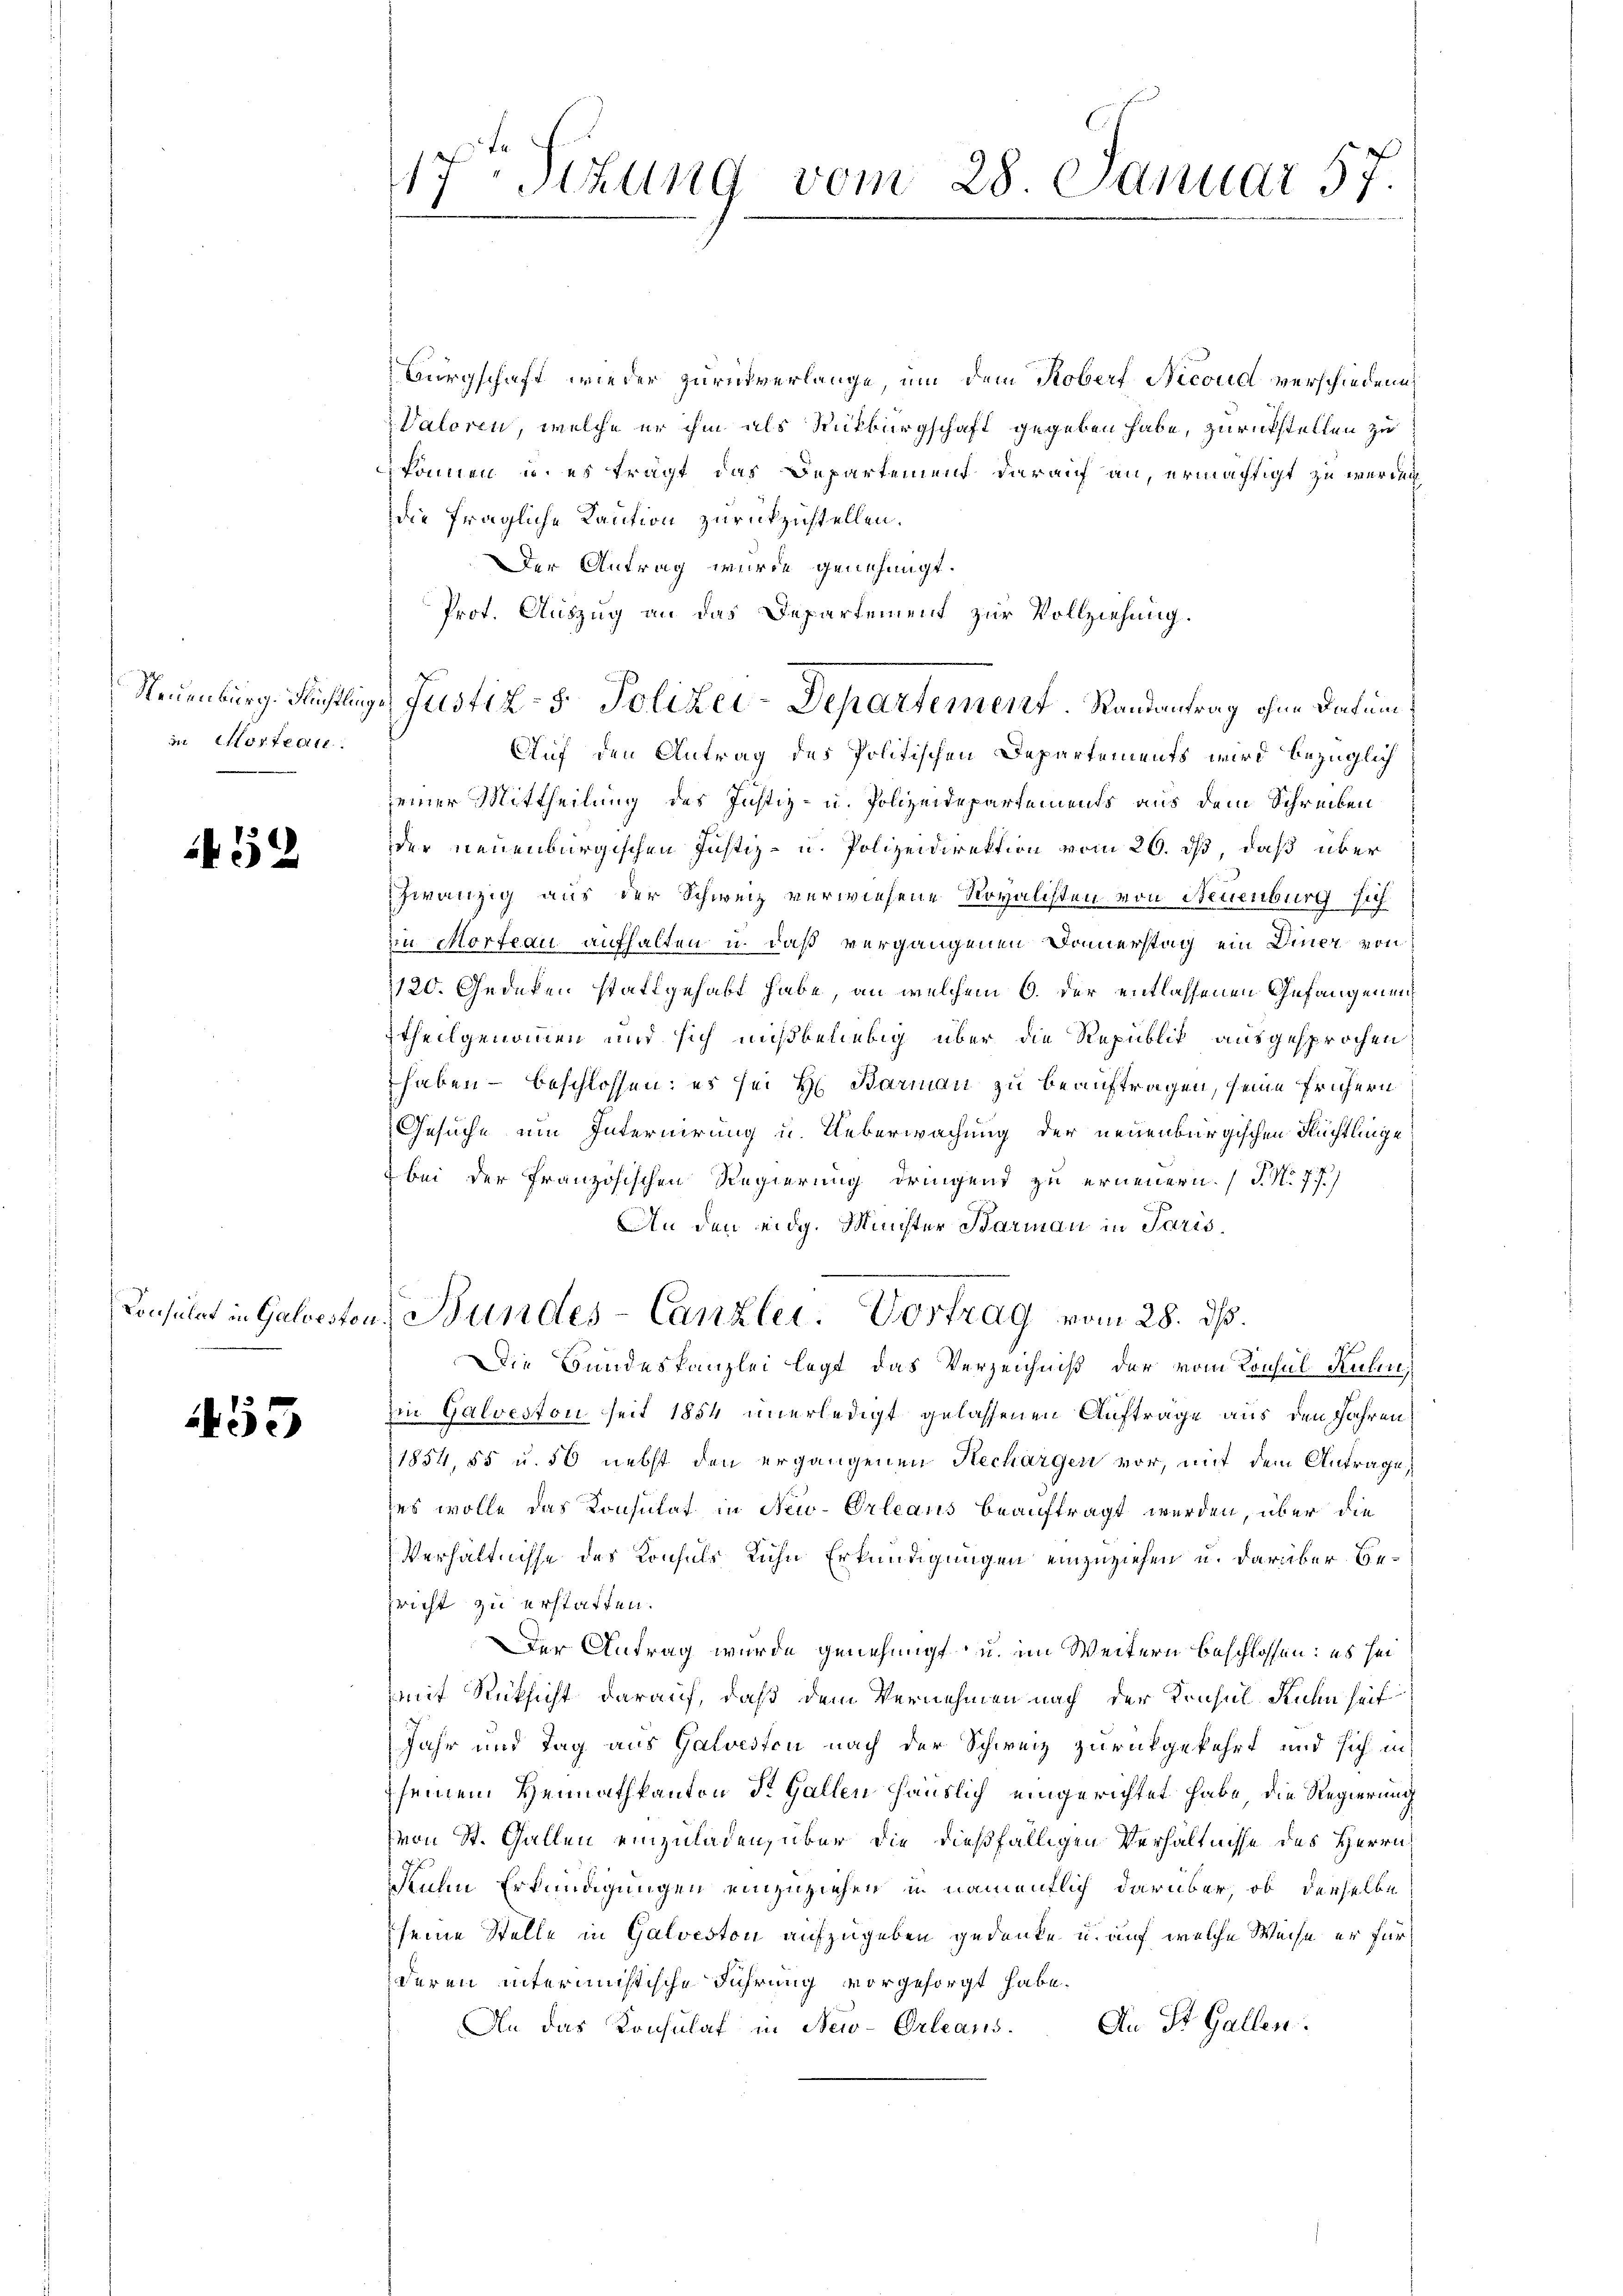
Neuenburg. Flüchtlin,
in Postente.

32

Konsulat in Galvestor

453

17. Sizung vom 28. Januar 57.

Bürgschaft wieder zurückverlange, um dem Koberf Nicond verschiedene
Valoren, welche er ihm als Rückbürgschaft gegeben habe, zurückstellen zu
können u. es trägt das Departement darauf an, ermächtigt zu werden,
die fragliche Kaution zurückzustellen.
Der Antrag wurde genehmigt.
Prot. Auszug an das Departement zur Vollziehung.
Auf den Antrag des Politischen Departements wird bezüglich
einer Mittheilung des Justiz- u. Polizeidepartements aus dem Schreiben
dder neuenburgischen Justiz- u. Polizeidirektion vom 26. ds, daß über
zwanzig aus der Schweiz verwiesene Rovalisten von Neuenburg sich
in Morteau aufhalten u. daß vergangenen Domerstag ein Diner von
1120. Gedeken stattgehabt habe, an welchem 6. der entlassenen Gefangenentheilgenommen und sich mißbeliebig über die Republik ausgesprochen
haben – beschlossen: es sei H. Barman zu beauftragen, seine frühern
Gesuche um Internirung u. Ueberwachung der neuenburgischen Rechtlinge
7 bei der französischen Regierung dringend zu erneuern. (T. N. 77.)
An den eidg. Minister Barmann in Paris
. Bundes-Canzlei. Vortrag vom 28. ds.
Die Bundeskanzlei legt das Verzeichniß der vom Konsul Ruhere
Ein Galveston seit 1854 unerledigt gelassenen Auftrage aus den Jahren
1854, 85 u. 50 nebst den ergangenen Hechargen vor, mit dem Antrage
des wolle das Konsulat in New-Orleans beauftragt werden, über die
Verhältnisse des Konsuls Ruhe Erkundigungen einzuziehen u. darüber Bepricht zu erstatten.
Der Antrag wurde genehmigt u. im Weitern beschlossen: es sei
(mit Rücksicht darauf, daß dem Vernehmen nach der Konsul Ruhe heit
Jahr und Tag aus Galvesten nach der Schweiz zurückgekehrt und sich in
seinem Heimathkanton St. Gallen häuslich eingerichtet habe, die Regierung
von St. Gallen einzuladen, über die dießfälligen Verhältnisse des Herrn
Denen Erkundigungen einzuziehen in namentlich darüber, ob derselbe
seine Stelle in Galveston aufzugeben gedenke u. auf welche Weise er für
deren intermistische Führung vorgesorgt habe.
An St. Gallen.
An das Konsulat in New-Orleans

Justiz- & Polizei-Departement. Randantrag ohne Datum